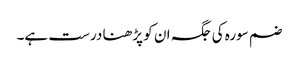
ضم سورہ کی جگہ ان کو پڑھنا درست ہے۔